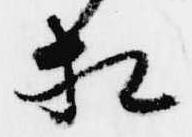
相